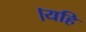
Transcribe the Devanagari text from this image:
।यहि